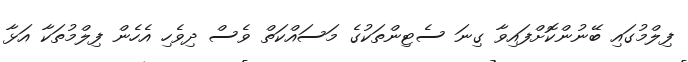
ފިލްމުގައި ބޭނުންކޮށްފައިވާ ގިނަ ސެޓިންތަކުގެ މަސައްކަތް ވެސް ދިވެހި އެހެން ފިލްމުތަކާ އަޅާ